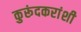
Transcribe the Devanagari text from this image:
कुरूंदकरांशी